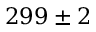
2 9 9 \pm 2